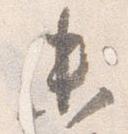
未